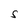
Character: S